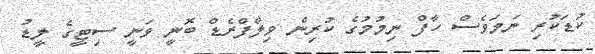
ކުޑަކުރި ނަމަވެސް ހާފް ނިމުމުގެ ކުރިން ވިލްފްރެޑް ބޮނީ ވަނީ ސިޓީގެ ލީޑު